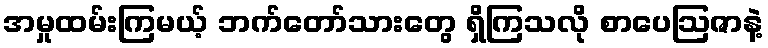
အမှုထမ်းကြမယ့် ဘက်တော်သားတွေ ရှိကြသလို စာပေဩဇာနဲ့